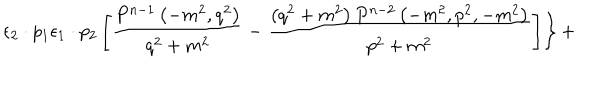
\left. { { \epsilon } _ { 2 } \cdot p _ { 1 } { \epsilon } _ { 1 } \cdot p _ { 2 } \left[ \frac { P ^ { n - 1 } \left( - m ^ { 2 } , q ^ { 2 } \right) } { q ^ { 2 } + m ^ { 2 } } - \frac { \left( q ^ { 2 } + m ^ { 2 } \right) P ^ { n - 2 } \left( - m ^ { 2 } , p ^ { 2 } , - m ^ { 2 } \right) } { p ^ { 2 } + m ^ { 2 } } \right] } \right\} +